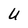
Character: U